Investigations on Bengal jail dietaries - Number 37
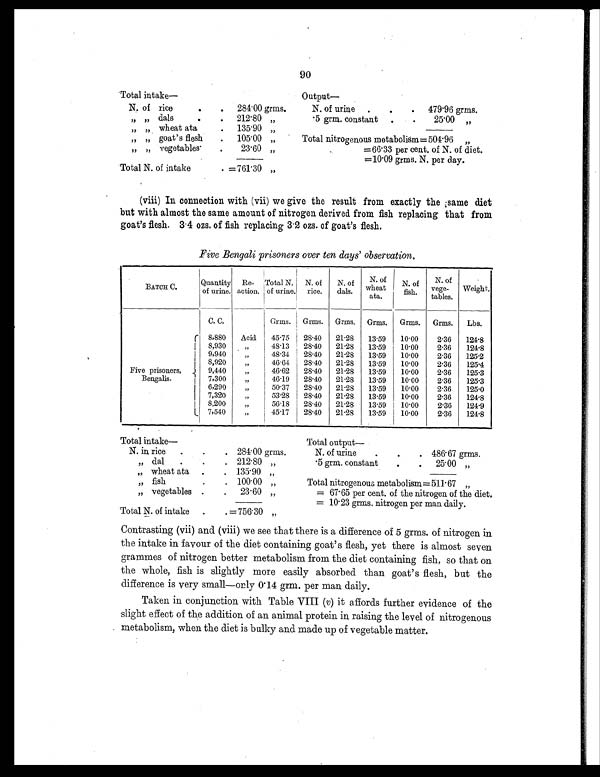
90
Total intake—
Output —
N. of rice
.
.
284.00 grms.
N. of urine
.
.
. 479.96 grms.
„ „ d a l s .
.
212.80 „
.5 grm. constant
.
.
25.00 „
„ „ wheat at a
.
135.90 „
„ „ goat's flesh
.
105.00 „
Total nitrogenous metabolism = 504.96 „
„ „ vegetables
.
23.60 „
=66.33 per cent. of N. of diet.
=10.09 grms. N. per day.
Total N. of intake
. =761.30 „
(viii) In connection with (vii) we give the result from exactly the same diet
but with almost the same amount of nitrogen derived from fish replacing that from
goat's flesh. 3.4 ozs. of fish replacing 3.2 ozs. of goat's flesh.
Five Bengali prisoners over ten days' observation.
BATCH C.
Quantity
of urine.
Re-
action.
Total N.
of urine.
N. of
rice.
N. of
dals.
N. of
wheat
ata.
N. of
fish.
N. of
vege-
tables.
Weight.
C. C.
Grms.
Grms.
Grms.
Grms. Grms.
Grms.
Lbs.
Five prisoners,
Bengalis.
8,880
Acid
45.75
28.40
21.28
13.59
10.00
2.36
124.8
8,930
„
48.13
28.40
21.28
13.59
10.00
2.36
124.8
9,940
„
48.34
28.40
21.28
13.59
10.00
2.36
125.2
8,920
„
46.64
28.40
21.28
13.59
10.00
2.36
125.4
9,440
„
46.62
28.40
21.28
13.59
10.00
2.36
125.3
7,300
„
46.19
28.40
21.28
13.59
10.00
2.36
125.3
6,290
„
50.37
28.40
21.28
13.59
10.00
2.36
125.0
7,320
„
53.28
28.40
21.28
13.59
10.00
2.36
124.8
8,200
„
56.18
28.40
21.28
13.59
10.00
2.36
124.9
7,540
„
45.17
28.40
21.28
13.59
10.00
2.36
124.8
T o t a l i n t a k e —
Total output
—
N. in rice
.
.
. 284.00 grms.
N. of urine
.
.
. 486.67 grms.
„ d a l
.
.
. 212.80 „
.5 grm. constant
.
. 25.00 „
„ wheat ata
.
. 135.90 „
„ fish
.
. 100.00 „
Total nitrogenous metabolism = 511.67 „
„ vegetables
.
. 23.60 „
= 67.65 per cent. of the nitrogen of the diet.
= 10.23 grms. nitrogen per man daily.
Total N. of intake
.
.=756.30 „
Contrasting (vii) and (viii) we see that there is a difference of 5 grms. of nitrogen in
the intake in favour of the diet containing goat's flesh, yet there is almost seven
grammes of nitrogen better metabolism from the diet containing fish, so that on
the whole, fish is slightly more easily absorbed than goat's flesh, but the
difference is very small—only 0.14 grm. per man daily.
Taken in conjunction with Table VIII (v) it affords further evidence of the
slight effect of the addition of an animal protein in raising the level of nitrogenous
metabolism, when the diet is bulky and made up of vegetable matter.